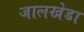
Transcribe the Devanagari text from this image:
जालखेडा